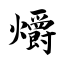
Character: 爝